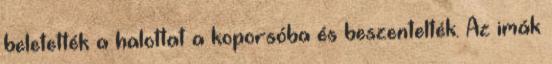
beletették a halottat a koporsóba és beszentelték. Az imák